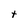
Character: t